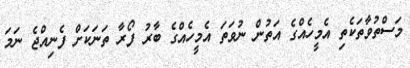
މަސްތުވާތަކެތި އެމީހެއްގެ އަތުން ނުވަތަ އެމީހެއްގެ ބާރު ފޯރާ ތަނަކަށް ފެނިއްޖެ ނަމަ